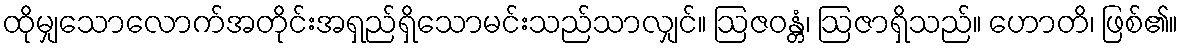
ထိုမျှသောလောက်အတိုင်းအရှည်ရှိသောမင်းသည်သာလျှင်။ ဩဇဝန္တံ၊ ဩဇာရှိသည်။ ဟောတိ၊ ဖြစ်၏။